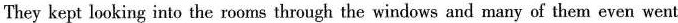
They kept looking into the rooms through the windows and many of them even went